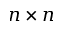
n \times n